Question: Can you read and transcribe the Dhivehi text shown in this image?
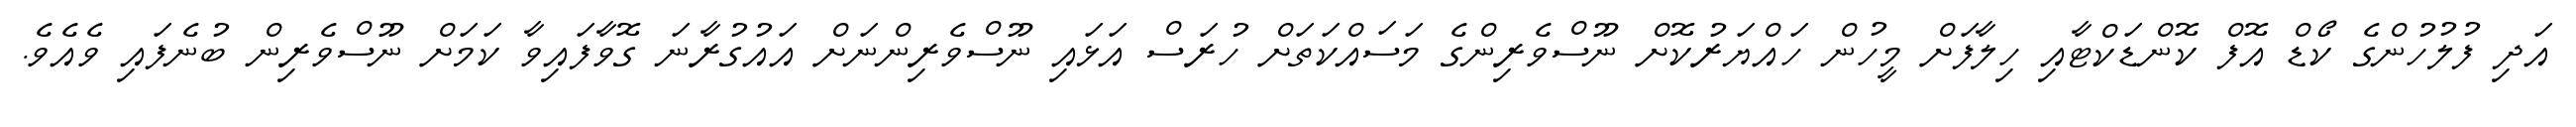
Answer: އަދި ފުލުހުންގެ ކޯޑް އޮފް ކޮންޑަކްޓާއި ހިލާފަށް މީހުން ހައްޔަރުކޮށް ނޫސްވެރިންގެ މަސައްކަތަށް ހުރަސް އަޅައި ނޫސްވެރިންނަށް އައުގުރާނަ ގޮވާފައިވާ ކަމަށް ނޫސްވެރިން ބުނެފައި ވެއެވެ.